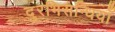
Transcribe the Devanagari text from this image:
दुरभिसन्धियाँ